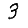
Digit: 3